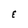
Character: E